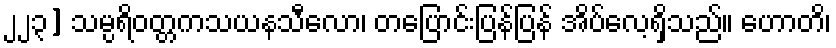
၂၂၃] သမ္ပရိဝတ္တကသယနသီလော၊ တပြောင်းပြန်ပြန် အိပ်လေ့ရှိသည်။ ဟောတိ၊